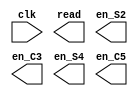
module controller #(parameter SIZE = 32) (
	input clk,
	output read,
	output reg en_S2, en_C3, en_S4, en_C5
);

endmodule